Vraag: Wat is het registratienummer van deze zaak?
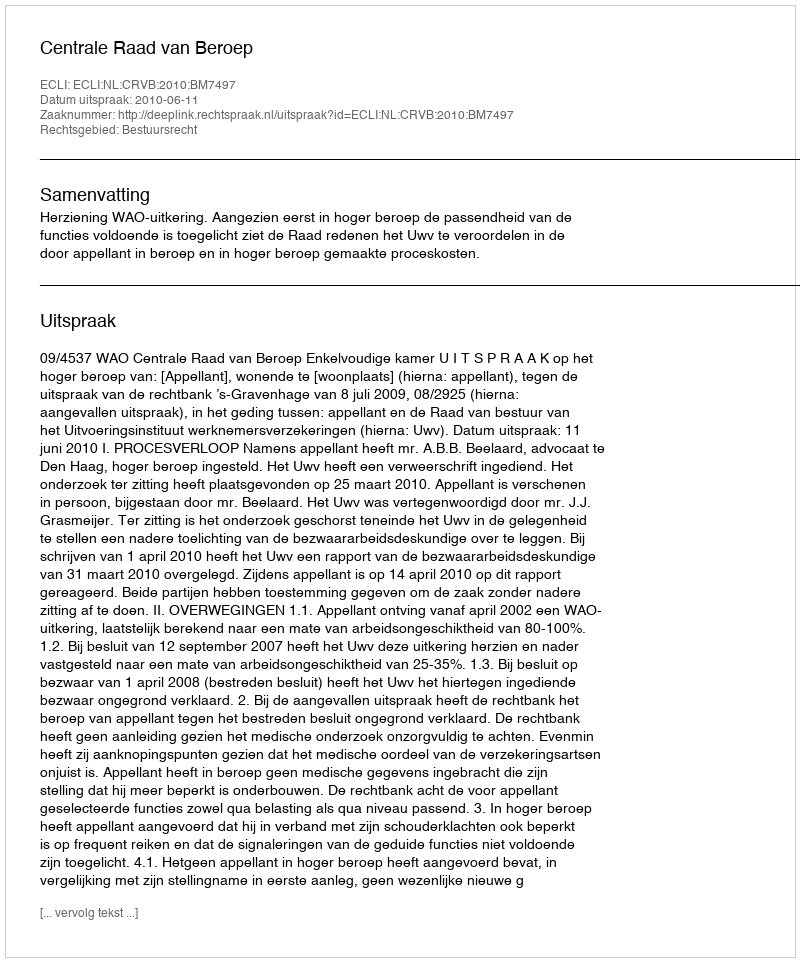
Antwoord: http://deeplink.rechtspraak.nl/uitspraak?id=ECLI:NL:CRVB:2010:BM7497